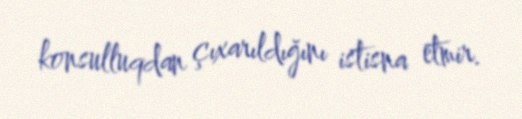
konsulluqdan çıxarıldığını istisna etmir.